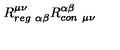
R _ { r e g \ \alpha \beta } ^ { \mu \nu } R _ { c o n \ \mu \nu } ^ { \alpha \beta }